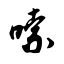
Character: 嗦